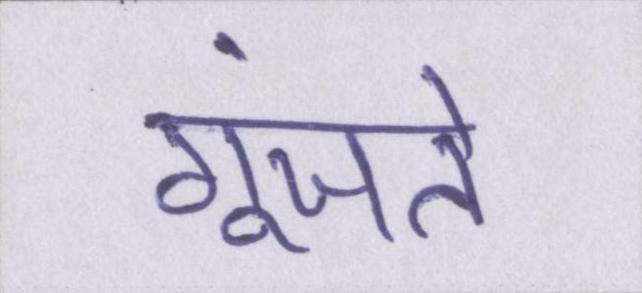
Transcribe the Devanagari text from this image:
गूंजते